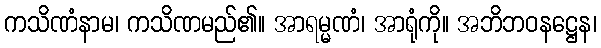
ကသိဏံနာမ၊ ကသိဏမည်၏။ အာရမ္မဏံ၊ အာရုံကို။ အဘိဘဝနဋ္ဌေန၊